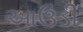
આઉડી